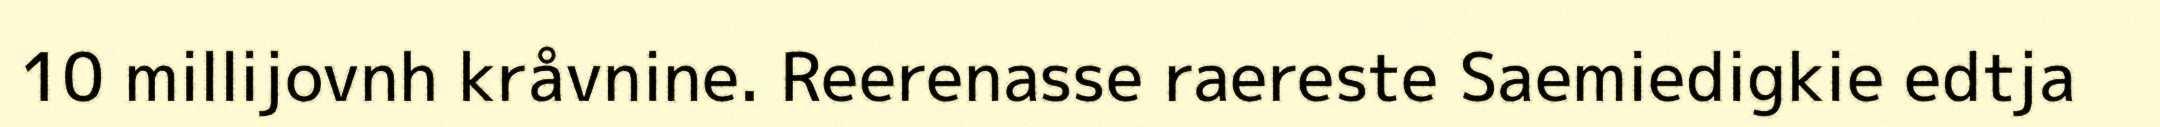
10 millijovnh kråvnine. Reerenasse raereste Saemiedigkie edtja